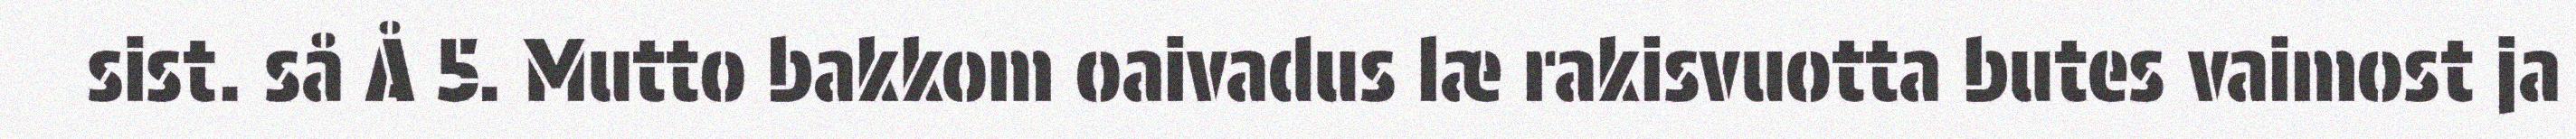
sist. så Å 5. Mutto bakkom oaivadus læ rakisvuotta butes vaimost ja